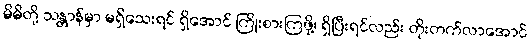
မိမိတို့ သန္တာန်မှာ မရှိသေးရင် ရှိအောင် ကြိုးစားကြဖို့၊ ရှိပြီးရင်လည်း တိုးတက်လာအောင်